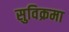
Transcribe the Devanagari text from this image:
सुविक्रमा